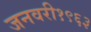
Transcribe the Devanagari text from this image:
जनवरी१९६३